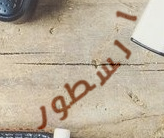
السطور